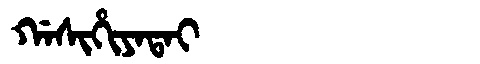
Manchu: ᡤᠠᠰᡳᡥᡳᠶᠠᡨᠠᡳ
Romanization: GASIHIYATAI